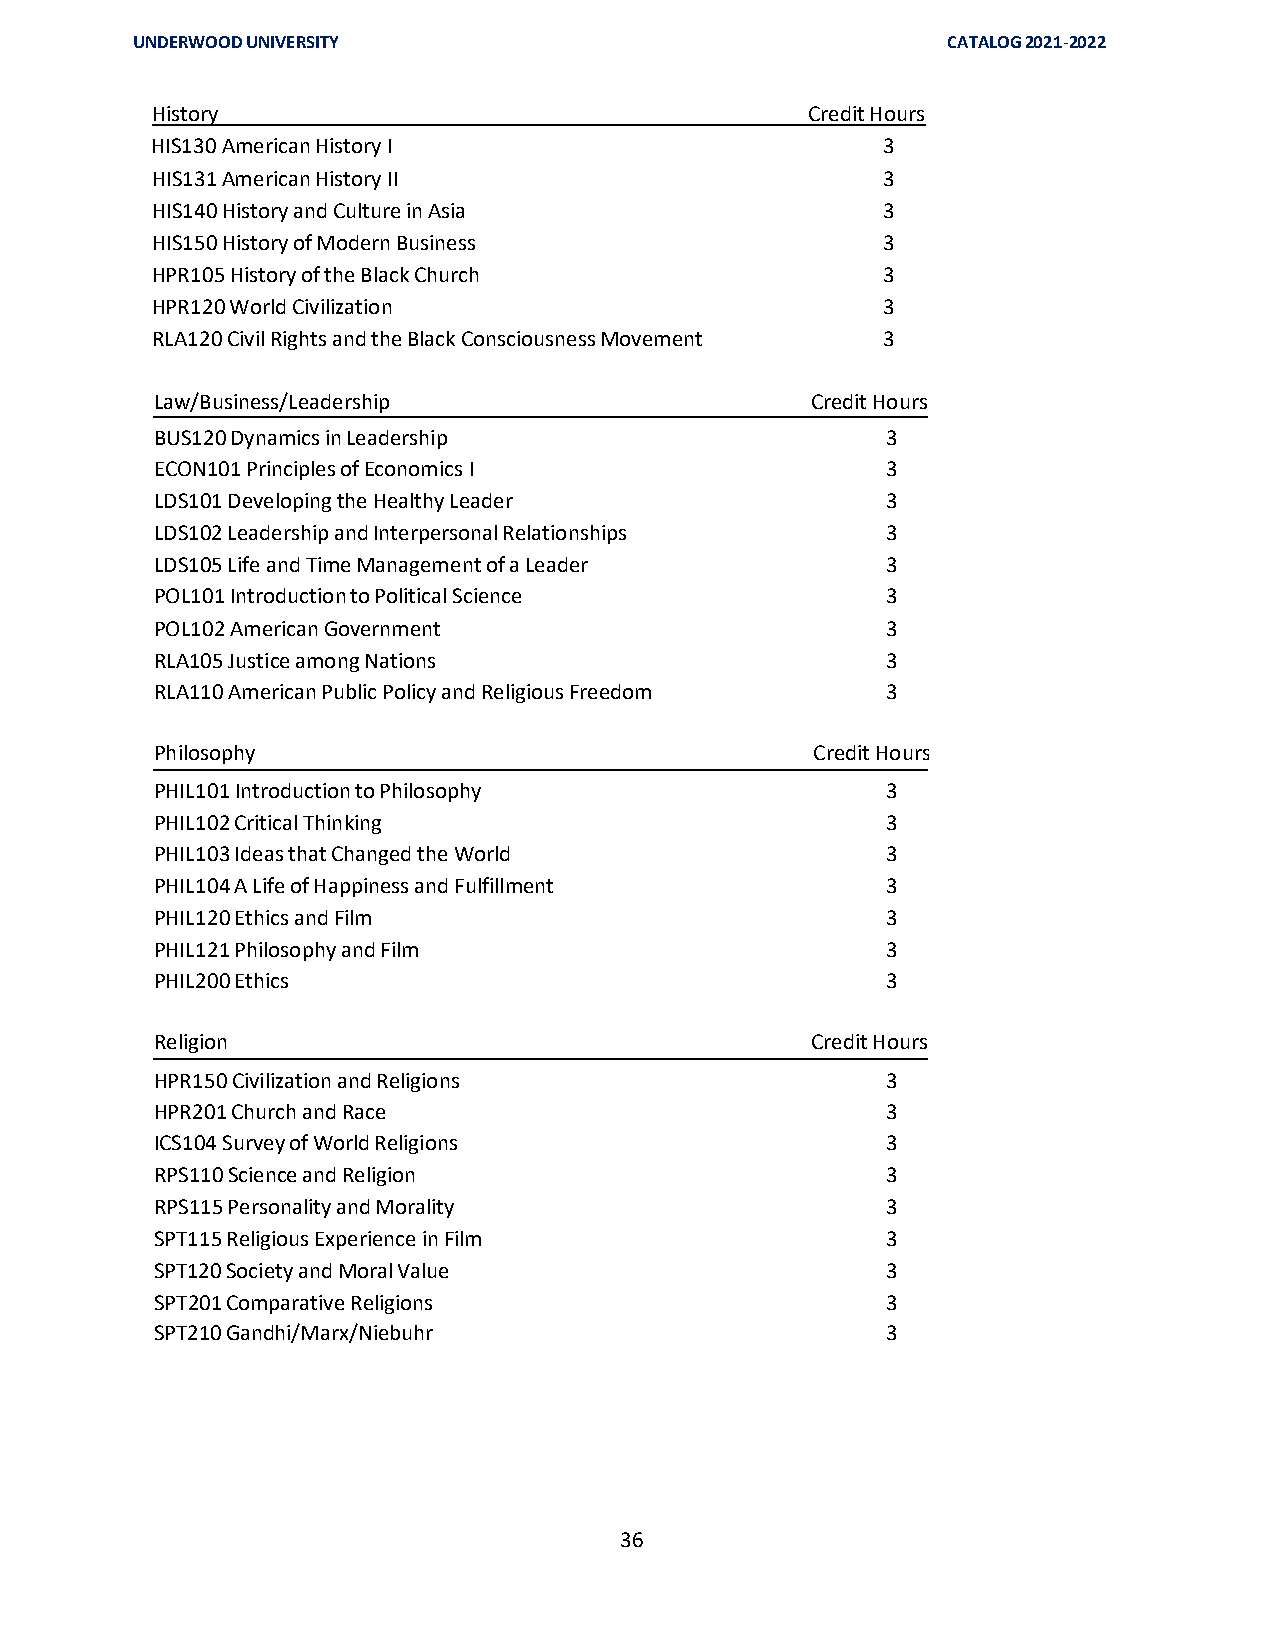
UNDERWOOD UNIVERSITY                                  CATALOG 2021-2022
 History                                    Credit Hours
 HIS130 American History I                       3
 HIS131 American History II                      3
 HIS140 History and Culture in Asia              3
 HIS150 History of Modern Business               3
 HPR105 History of the Black Church              3
 HPR120 World Civilization                       3
 RLA120 Civil Rights and the Black Consciousness Movement 3
 Law/Business/Leadership                     Credit Hours
 BUS120 Dynamics in Leadership                    3
 ECON101 Principles of Economics I                3
 LDS101 Developing the Healthy Leader             3
 LDS102 Leadership and Interpersonal Relationships 3
 LDS105 Life and Time Management of a Leader      3
 POL101 Introduction to Political Science         3
 POL102 American Government                       3
 RLA105 Justice among Nations                     3
 RLA110 American Public Policy and Religious Freedom 3
 Philosophy                                  Credit Hours
 PHIL101 Introduction to Philosophy               3
 PHIL102 Critical Thinking                        3
 PHIL103 Ideas that Changed the World             3
 PHIL104 A Life of Happiness and Fulfillment      3
 PHIL120 Ethics and Film                          3
 PHIL121 Philosophy and Film                      3
 PHIL200 Ethics                                   3
 Religion                                    Credit Hours
 HPR150 Civilization and Religions                3
 HPR201 Church and Race                           3
 ICS104 Survey of World Religions                 3
 RPS110 Science and Religion                      3
 RPS115 Personality and Morality                  3
 SPT115 Religious Experience in Film              3
 SPT120 Society and Moral Value                   3
 SPT201 Comparative Religions                     3
 SPT210 Gandhi/Marx/Niebuhr                       3
 36